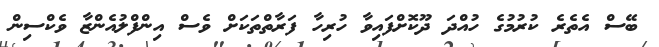
ބޭސް އެތެރެ ކުރުމުގެ ހުއްދަ ދޫކޮށްފައިވާ ހުރިހާ ފަރާތްތަކަށް ވެސް އިންފްލުއެންޒާ ވެކްސިން